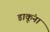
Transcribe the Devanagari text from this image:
डाकूंना